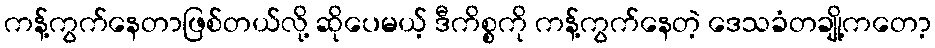
ကန့်ကွက်နေတာဖြစ်တယ်လို့ ဆိုပေမယ့် ဒီကိစ္စကို ကန့်ကွက်နေတဲ့ ဒေသခံတချို့ကတော့